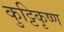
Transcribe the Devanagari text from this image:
कुट्टिकृष्ण